system: You are a helpful assistant.
user:
Analyze the provided spectrum to determine if it is a **M-type Giant (gM)**.

A M-type Giant spectrum is defined by its **strong molecular absorption** features, particularly from **Titanium Oxide (TiO)**. You must check for one of the following mutually exclusive signatures:

- **Key Visual Indicators (Absorption-Dominated Spectrum):**

    - **(Primary):** The spectrum is dominated by strong molecular absorption from **Titanium Oxide (TiO)**. This is the **defining feature** of its M-type temperature class.
        - **(Key Bandheads):** Look for sharp, "saw-tooth" absorption valleys. The strongest are located near **~7050 Å**, **~6160 Å**, and **~5170 Å**.
        - **(Line Profile):** The "saw-tooth" morphology is critical: a **sharp, steep drop on the BLUE (short-wavelength) side** of the bandhead, followed by a gradual recovery (rising flux) towards the RED (long-wavelength) side.

    - **(Key Confirmation - Giant vs. Dwarf):** **ABSENCE** of strong **Calcium Hydride (CaH)** molecular bands. This is the primary diagnostic for *excluding* M-dwarfs.
        - **(Key Region):** The spectrum should lack the strong, broad absorption band seen in dwarfs between **~6800 Å and ~7000 Å**.

    - **(Secondary Confirmation - Giant):** A very strong and broad **Neutral Calcium (Ca I)** atomic absorption line.
        - **(Key Line):** Located at **~4226 Å**. In a giant (gM), this line is significantly deeper and broader than the same line in an M-dwarf (dM) due to low surface gravity.

    - **(Overall Spectrum):**
        - The continuum is **extremely red-sloping** (i.e., flux is very low in the blue and rises dramatically towards the red).
        - The entire spectrum appears "chopped up" by the deep TiO bands.

Think first, call **spectral_visualization_tool** if needed to examine features in detail, then provide your final answer. Your response must adhere to the following strict rules:
1.  **Overall Structure:** Your response must follow the format `<think>...</think> <tool_call>...</tool_call> (if a tool is used) <answer>...</answer>`.
2.  **Tool Usage Constraint:** You may only make **one** tool call per turn.
3.  **Final Answer Format:** In the `<answer>` tag, your conclusion must be inside a `\boxed{}` command (e.g., `\boxed{YES}` or `\boxed{NO}`), followed by your justification.

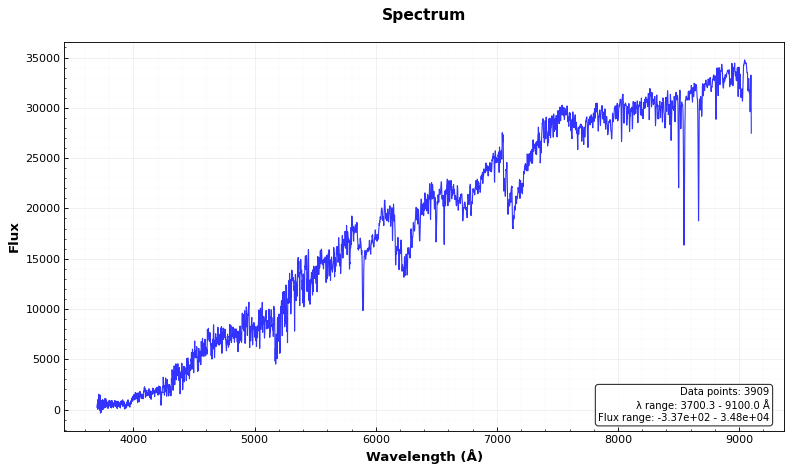
Answer: YES